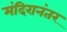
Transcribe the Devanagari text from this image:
मंदिरानंतर